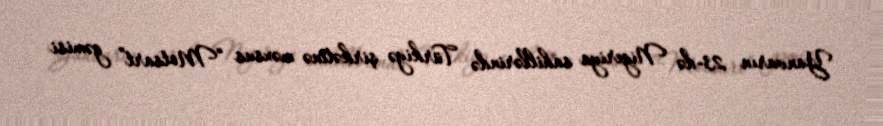
Yanvarın 23-də Nigeriya sahillərində Türkiyə şirkətinə məxsus “Motsart” gəmisi